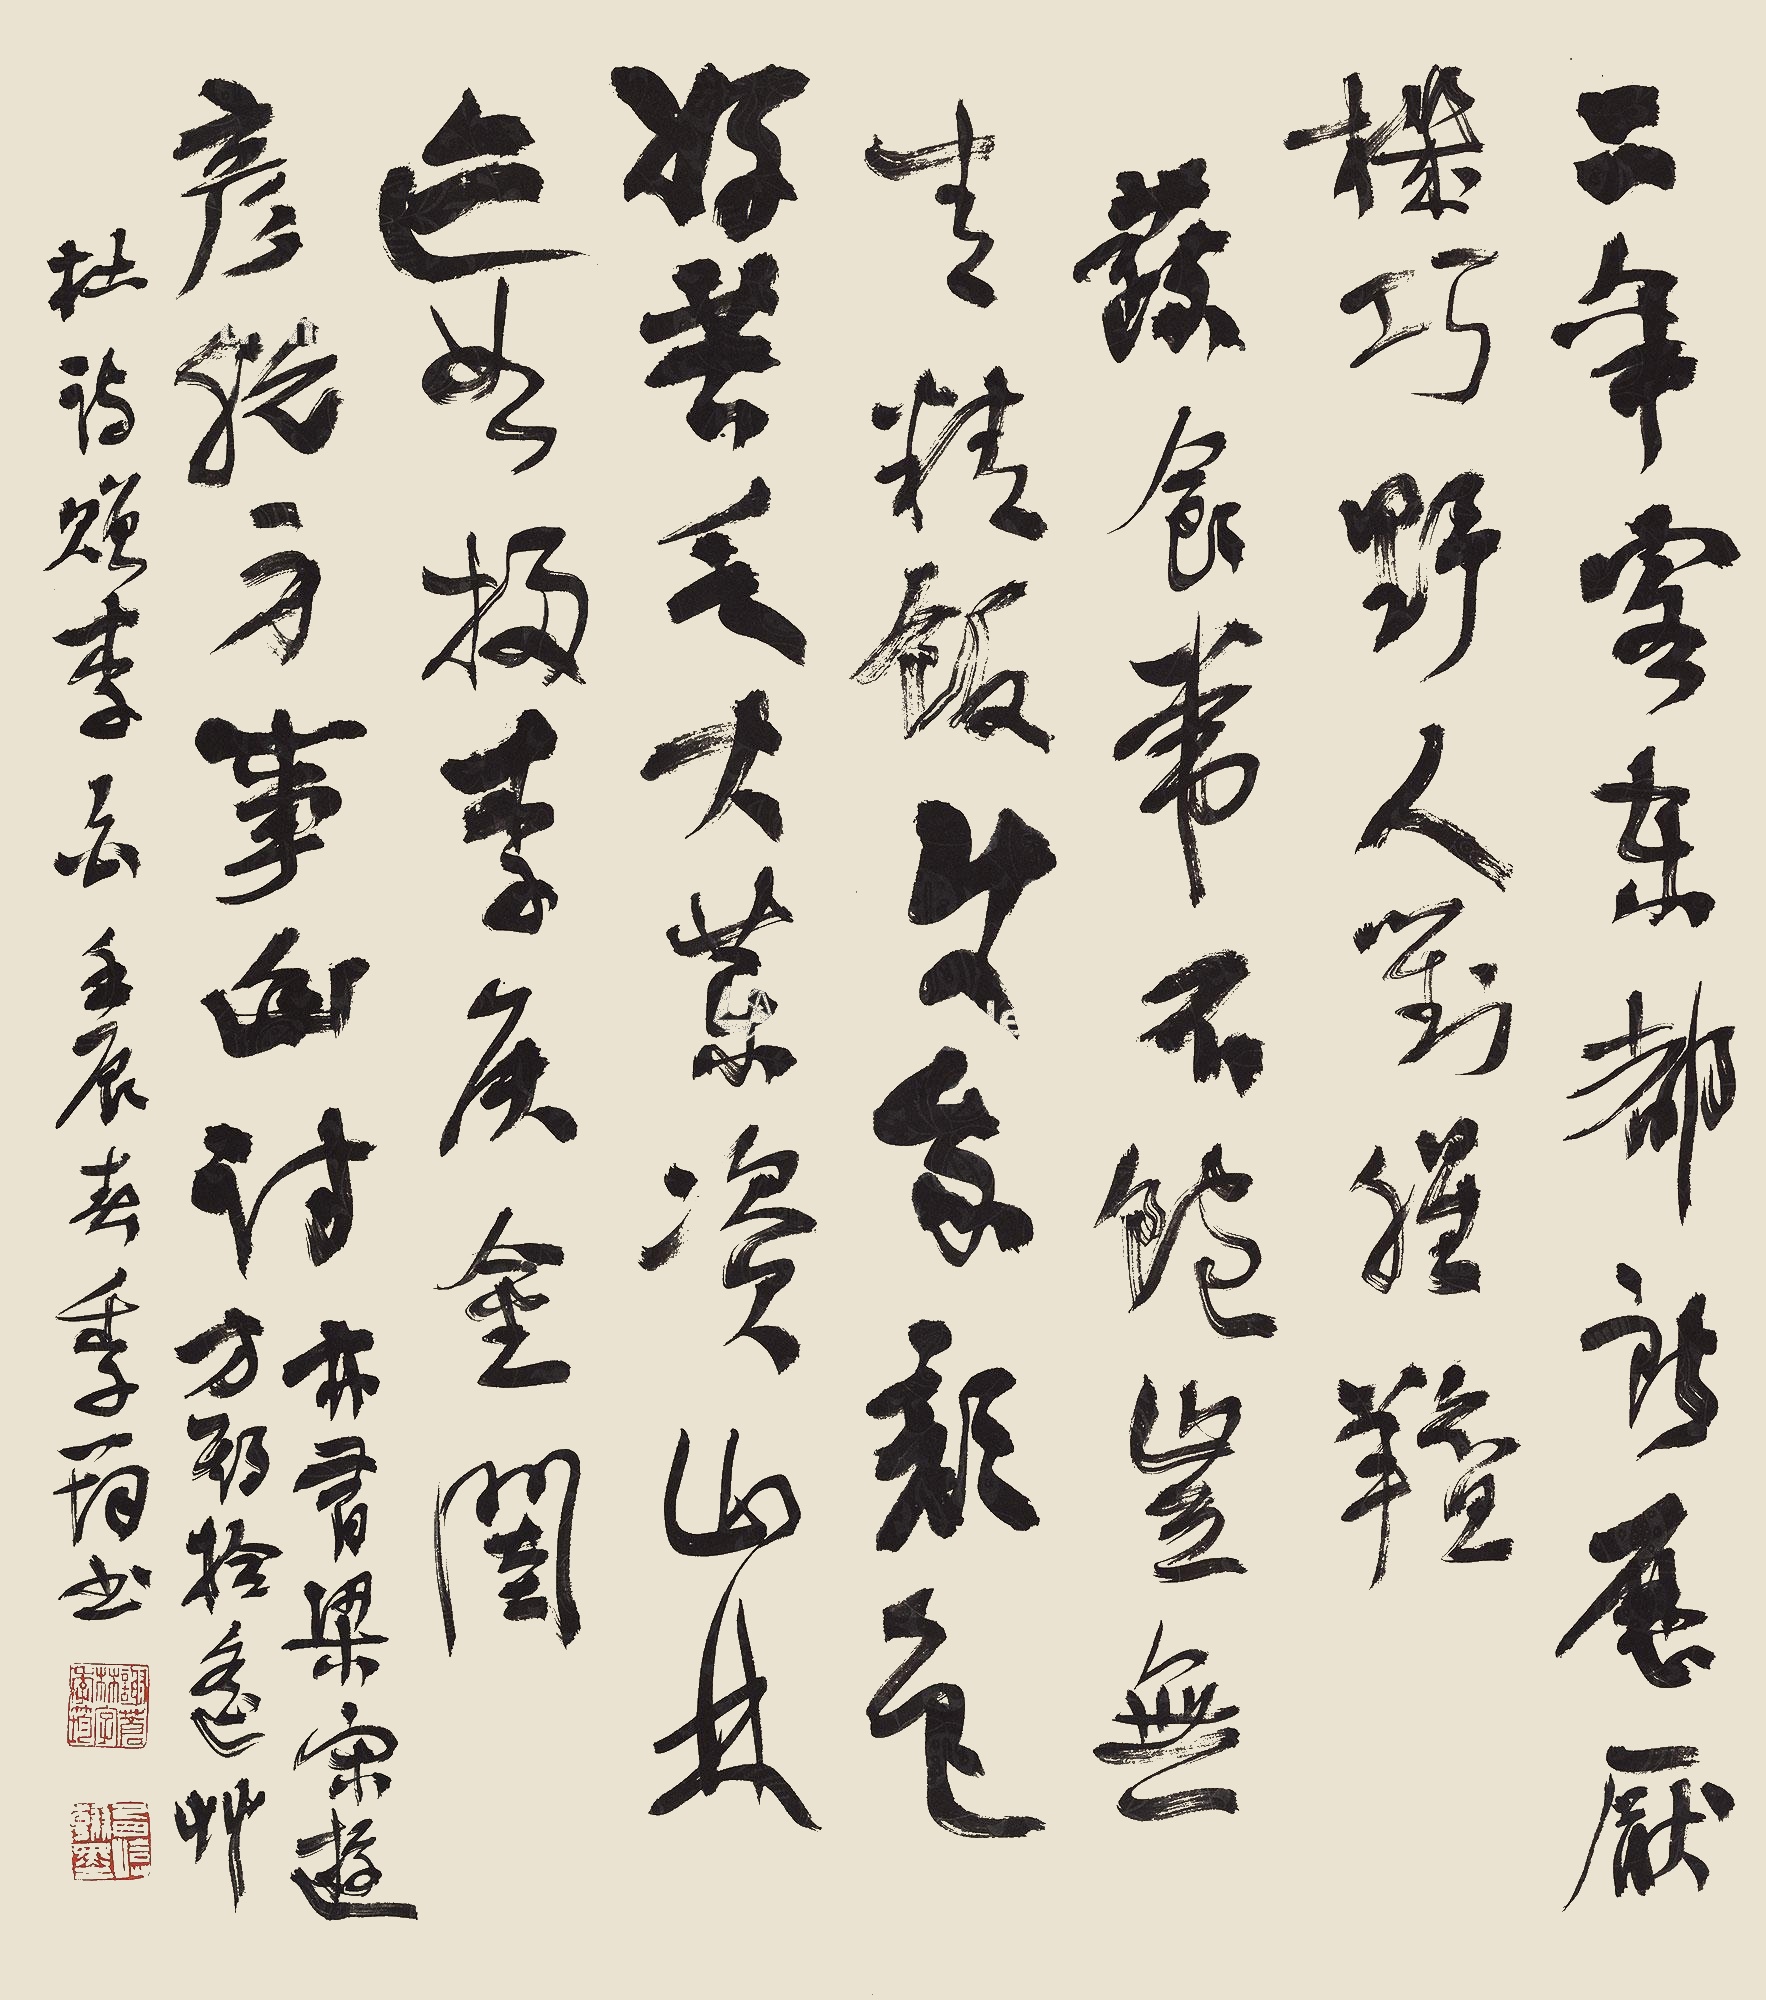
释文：二年客东都，所历厌机巧。野人对膻腥，蔬食常不饱。岂无青精饭，使我颜色好。苦乏大药资，山林迹如扫。李侯金闺彦，脱身事幽讨。亦有梁宋游，方期拾瑶草。杜诗赠李白，壬辰春，季筠书。谢苍林字季筠、西啽翰墨